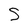
Character: S